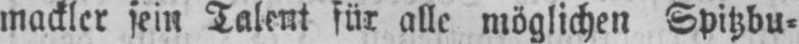
mackler sein Talent für alle möglichen Spitzbu⸗